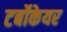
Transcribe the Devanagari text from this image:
टर्बोकेयर